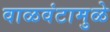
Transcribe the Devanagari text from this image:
वाळवंटामुळे